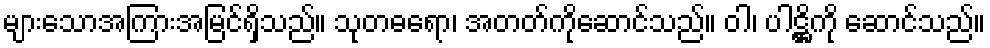
များသောအကြားအမြင်ရှိသည်။ သုတဓရော၊ အတတ်ကိုဆောင်သည်။ ဝါ၊ ပါဋ္ဌိကို ဆောင်သည်။